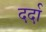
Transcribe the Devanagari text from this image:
दर्दा